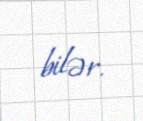
bilər.